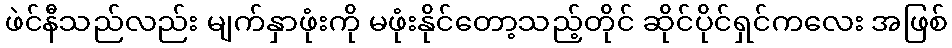
ဖဲင်နီသည်လည်း မျက်နှာဖုံးကို မဖုံးနိုင်တော့သည့်တိုင် ဆိုင်ပိုင်ရှင်ကလေး အဖြစ်